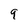
Character: 9